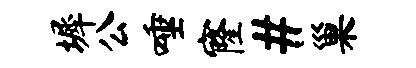
墀公唾窿#巢